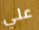
علي